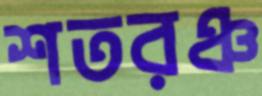
শতরঞ্চ